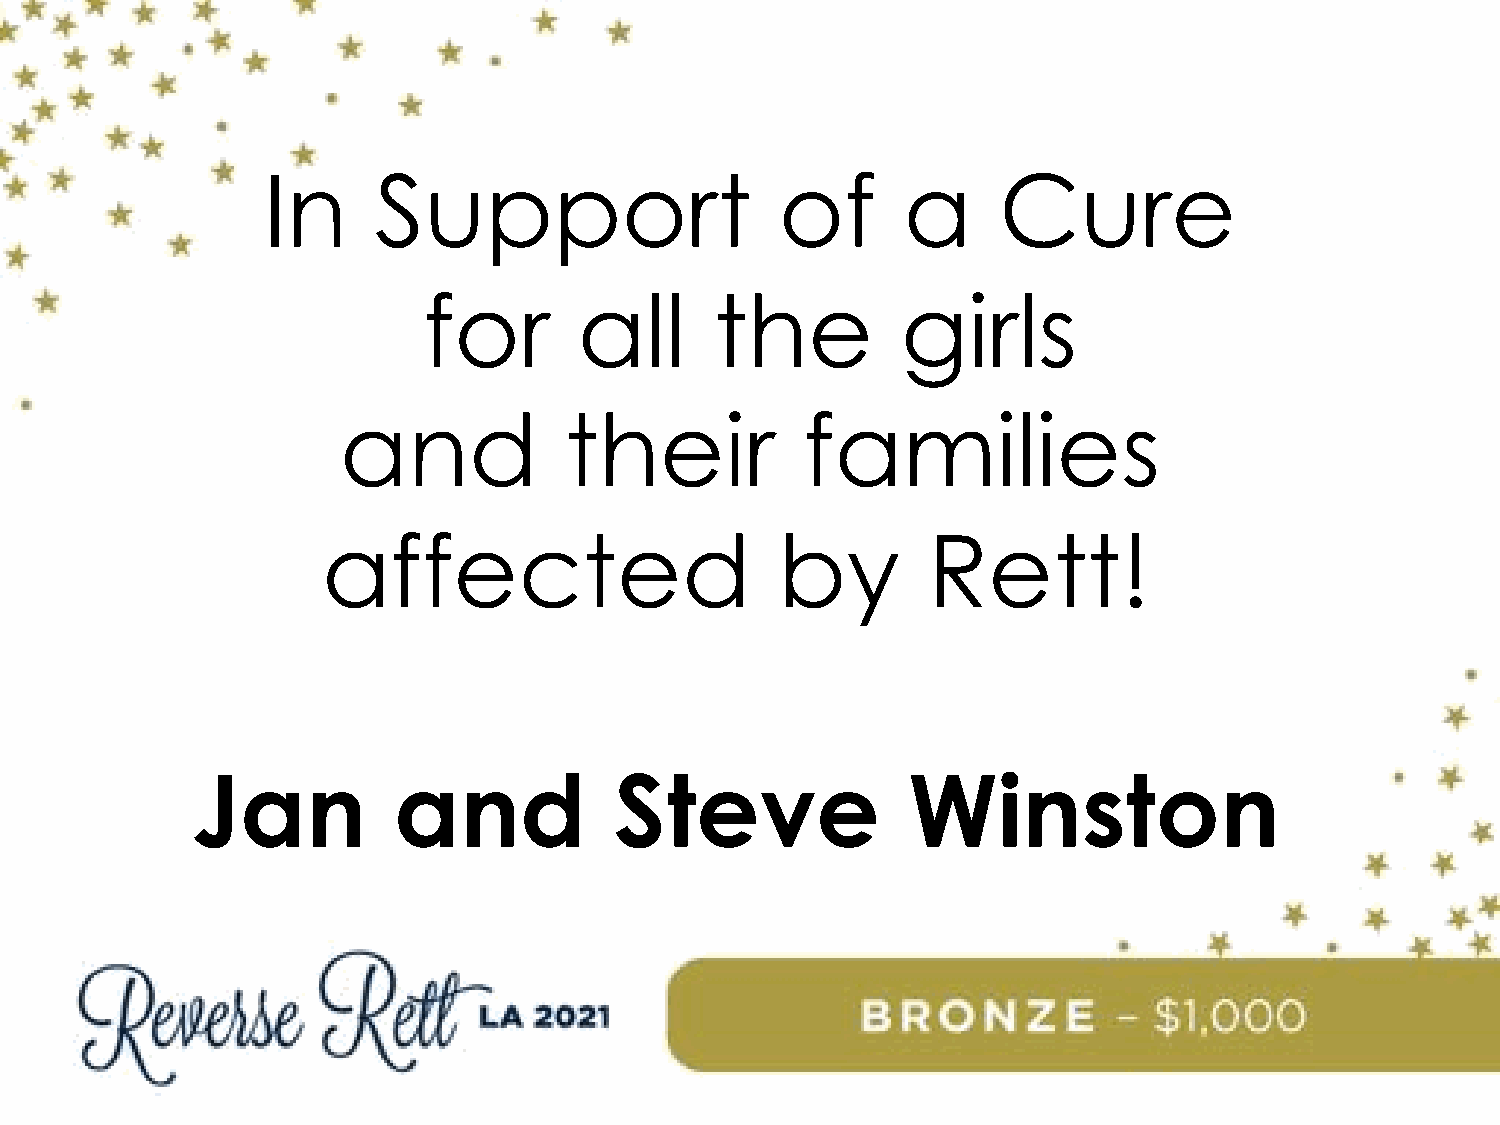
In      Support                    of      a     Cure
 for       all      the          girls
 and            their           families
 affected                       by       Rett!
 Jan          and            Steve              Winston